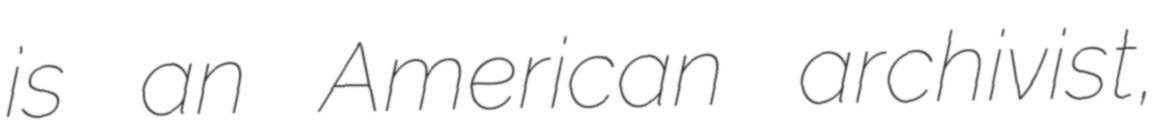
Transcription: is an American archivist,